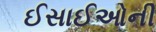
ઈસાઈઓની